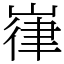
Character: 嵂